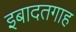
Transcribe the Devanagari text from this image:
इबादतगाह